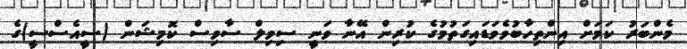
މެންބަރު ކަމަށް އިންތިހާބުވެވަޑައިގަތުމުގެ ކުރިން އޭނާ ވަނީ ސިވިލް ސާވިސް ކޮމިޝަން (ސީއެސްސީ)ގެ